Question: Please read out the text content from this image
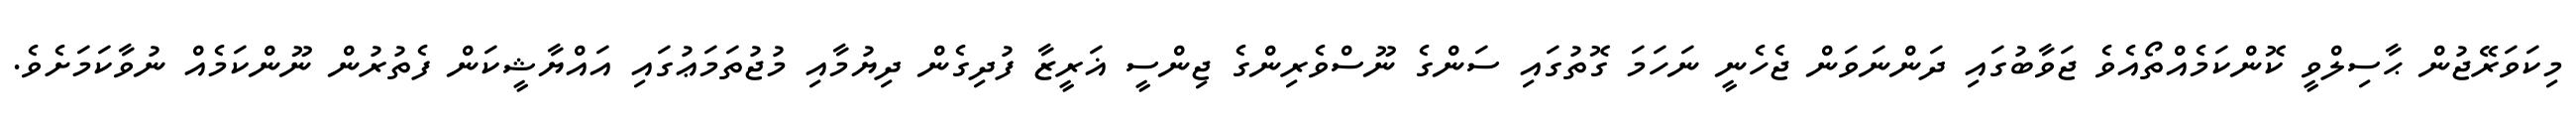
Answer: މިކަވަރޭޖުން ޙާސިލްވީ ކޮންކަމެއްތޯއެވެ ޖަވާބުގައި ދަންނަވަން ޖެހެނީ ނަހަމަ ގޮތުގައި ސަންގެ ނޫސްވެރިންގެ ޖިންސީ ޣަރީޒާ ފުދިގެން ދިޔުމާއި މުޖުތަމަޢުގައި އައްޔާޝީކަން ފެތުރުން ނޫންކަމެއް ނުވާކަމަށެވެ.